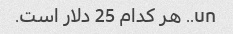
un.. هر کدام 25 دلار است.